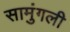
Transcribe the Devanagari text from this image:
सामुंगली